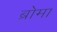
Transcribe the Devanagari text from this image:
ब्रोमा